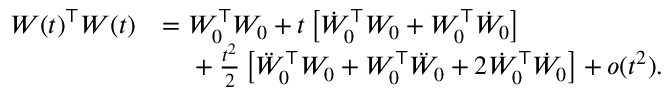
\begin{array} { r l } { W ( t ) ^ { \top } W ( t ) } & { = W _ { 0 } ^ { \top } W _ { 0 } + t \left[ \dot { W } _ { 0 } ^ { \top } W _ { 0 } + W _ { 0 } ^ { \top } \dot { W } _ { 0 } \right] } \\ & { \phantom { = \ } + \frac { t ^ { 2 } } { 2 } \left[ \ddot { W } _ { 0 } ^ { \top } W _ { 0 } + W _ { 0 } ^ { \top } \ddot { W } _ { 0 } + 2 \dot { W } _ { 0 } ^ { \top } \dot { W } _ { 0 } \right] + o ( t ^ { 2 } ) . } \end{array}